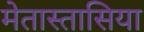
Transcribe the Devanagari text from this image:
मेतास्तासिया